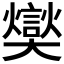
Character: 𪥢